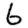
Digit: 6